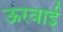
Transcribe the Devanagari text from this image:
ऊरवाई